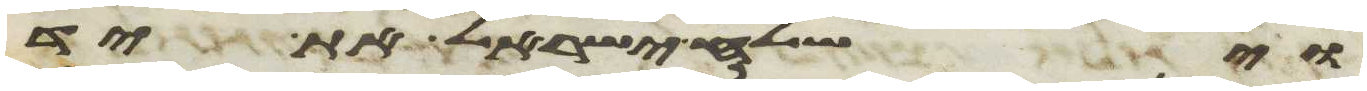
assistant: וישלח ישראל את יד